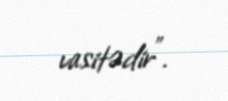
vasitədir”.